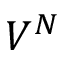
V ^ { N }